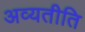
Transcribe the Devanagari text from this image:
अव्यतीति